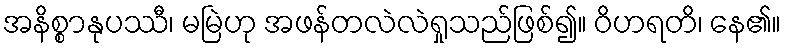
အနိစ္စာနုပဿီ၊ မမြဲဟု အဖန်တလဲလဲရှုသည်ဖြစ်၍။ ဝိဟရတိ၊ နေ၏။